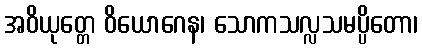
အဝိယုတ္တေ ဝိယောဂေန၊ သောကသလ္လသမပ္ပိတော၊